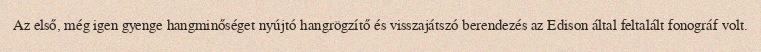
Az első, még igen gyenge hangminőséget nyújtó hangrögzítő és visszajátszó berendezés az Edison által feltalált fonográf volt.